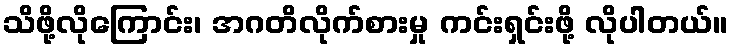
သိဖို့လိုကြောင်း၊ အဂတိလိုက်စားမှု ကင်းရှင်းဖို့ လိုပါတယ်။